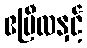
ဧပြီလနှင့်